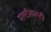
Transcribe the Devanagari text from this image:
मल्टीकल्टी